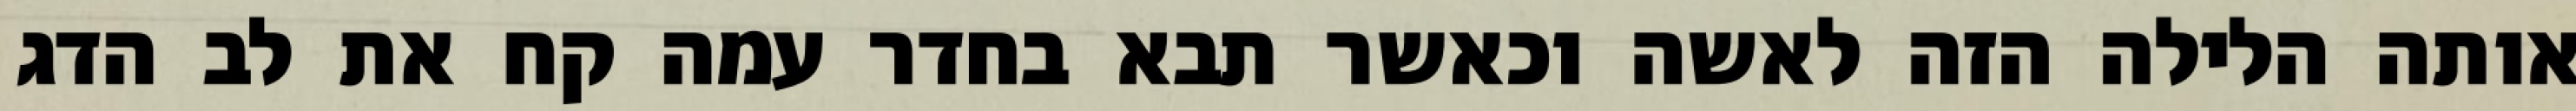
אותה הלילה הזה לאשה וכאשר תבא בחדר עמה קח את לב הדג